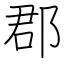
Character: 郡